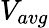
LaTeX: V_{avg}